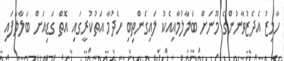
ހާމިޒު އެދެޒުވާނުންގެ މޫނަށް ބަލާލުމާއިއެކު ލައިގެންތިބި ހެދުމާ އަތުކުރީގައި އޮތް ގަޑިއަށް ބަލާލާފައި